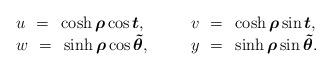
LaTeX: \begin{align*}\begin{array}{ll}u~=~\cosh\mbox{\boldmath $\rho$}\cos\mbox{\boldmath $t$},~~~~~&v~=~\cosh\mbox{\boldmath $\rho$}\sin\mbox{\boldmath $t$},\\w~=~\sinh\mbox{\boldmath $\rho$}\cos\mbox{\boldmath $\tilde{\theta}$},~~~~~&y~=~\sinh\mbox{\boldmath $\rho$}\sin\mbox{\boldmath $\tilde{\theta}$}.\end{array}\end{align*}